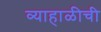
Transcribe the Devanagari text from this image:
व्याहाळीची